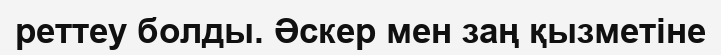
реттеу болды. Әскер мен заң қызметіне